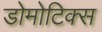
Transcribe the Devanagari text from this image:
डोमोटिक्स